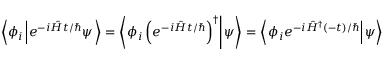
\left\langle \phi _ { i } \left| e ^ { - i { \hat { H } } t / \hbar } \psi \right. \right\rangle = \left\langle \left. \phi _ { i } \left( e ^ { - i { \hat { H } } t / \hbar } \right) ^ { \dagger } \right| \psi \right\rangle = \left\langle \left. \phi _ { i } e ^ { - i { \hat { H } } ^ { \dagger } ( - t ) / \hbar } \right| \psi \right\rangle